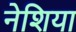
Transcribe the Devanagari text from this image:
नेशिया